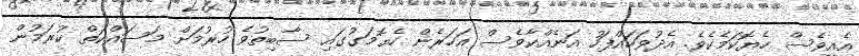
އެއީވެސް ހެޔޮކަމެކެވެ. އެދުވަހައްފަހު އަނެއްކާވެސް އަހަރެން ހެޔޮމަގުގައި ސާބިތުވެ ހުރުމަށް މަސައްކަތް ކުރަމުން